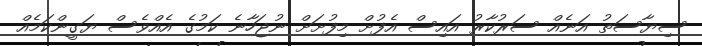
ސިޔާސަތު އަނެއް ސަރުކާރު އައިސް އެފުށް މިފުށަށް ނުޖަހާނެ ކަމުގެ އެއްވެސް ޔަގީންކަމެއް